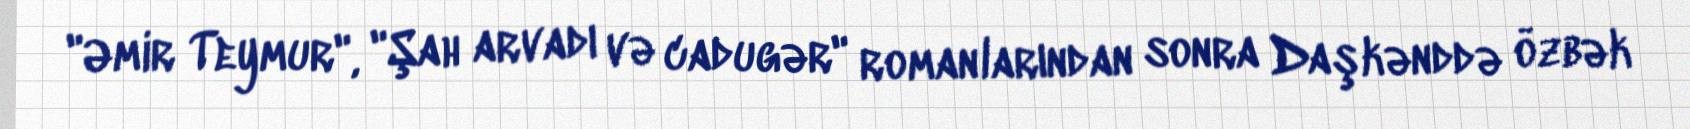
"Əmir Teymur", "Şah arvadı və cadugər" romanlarından sonra Daşkənddə özbək